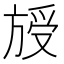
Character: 𣄁